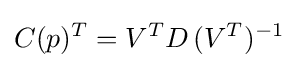
C(p)^{T}=V^{T}D\,(V^{T})^{-1}